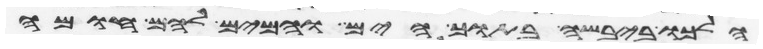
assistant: הלכו ביבשה בתוך הים והמים להם חומה